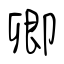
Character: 卿